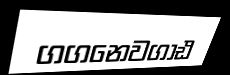
ගගනෙවගාඪ